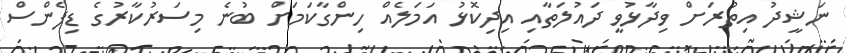
ނަޝީދު އިތުރަށް ވިދާޅުވީ ދައުލަތާއި އިދިކޮޅު އަމަލެއް ހިންގާކަމަށް ބުނެ މިސަރުކާރުގެ ޑިފެންސް